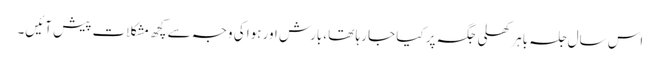
اس سال جلسہ باہر کھلی جگہ پر کیا جا رہا تھا ،بارش اور ہوا کی وجہ سے کچھ مشکلات پیش آئیں۔